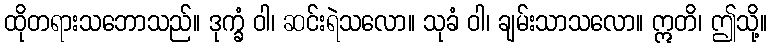
ထိုတရားသဘောသည်။ ဒုက္ခံ ဝါ၊ ဆင်းရဲသလော။ သုခံ ဝါ၊ ချမ်းသာသလော။ ဣတိ၊ ဤသို့။